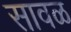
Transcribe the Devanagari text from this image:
सावळ